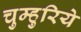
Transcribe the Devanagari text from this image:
चुम्हुरिये